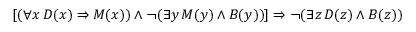
[ ( \forall x \, D ( x ) \Rightarrow M ( x ) ) \land \neg ( \exists y \, M ( y ) \land B ( y ) ) ] \Rightarrow \neg ( \exists z \, D ( z ) \land B ( z ) )